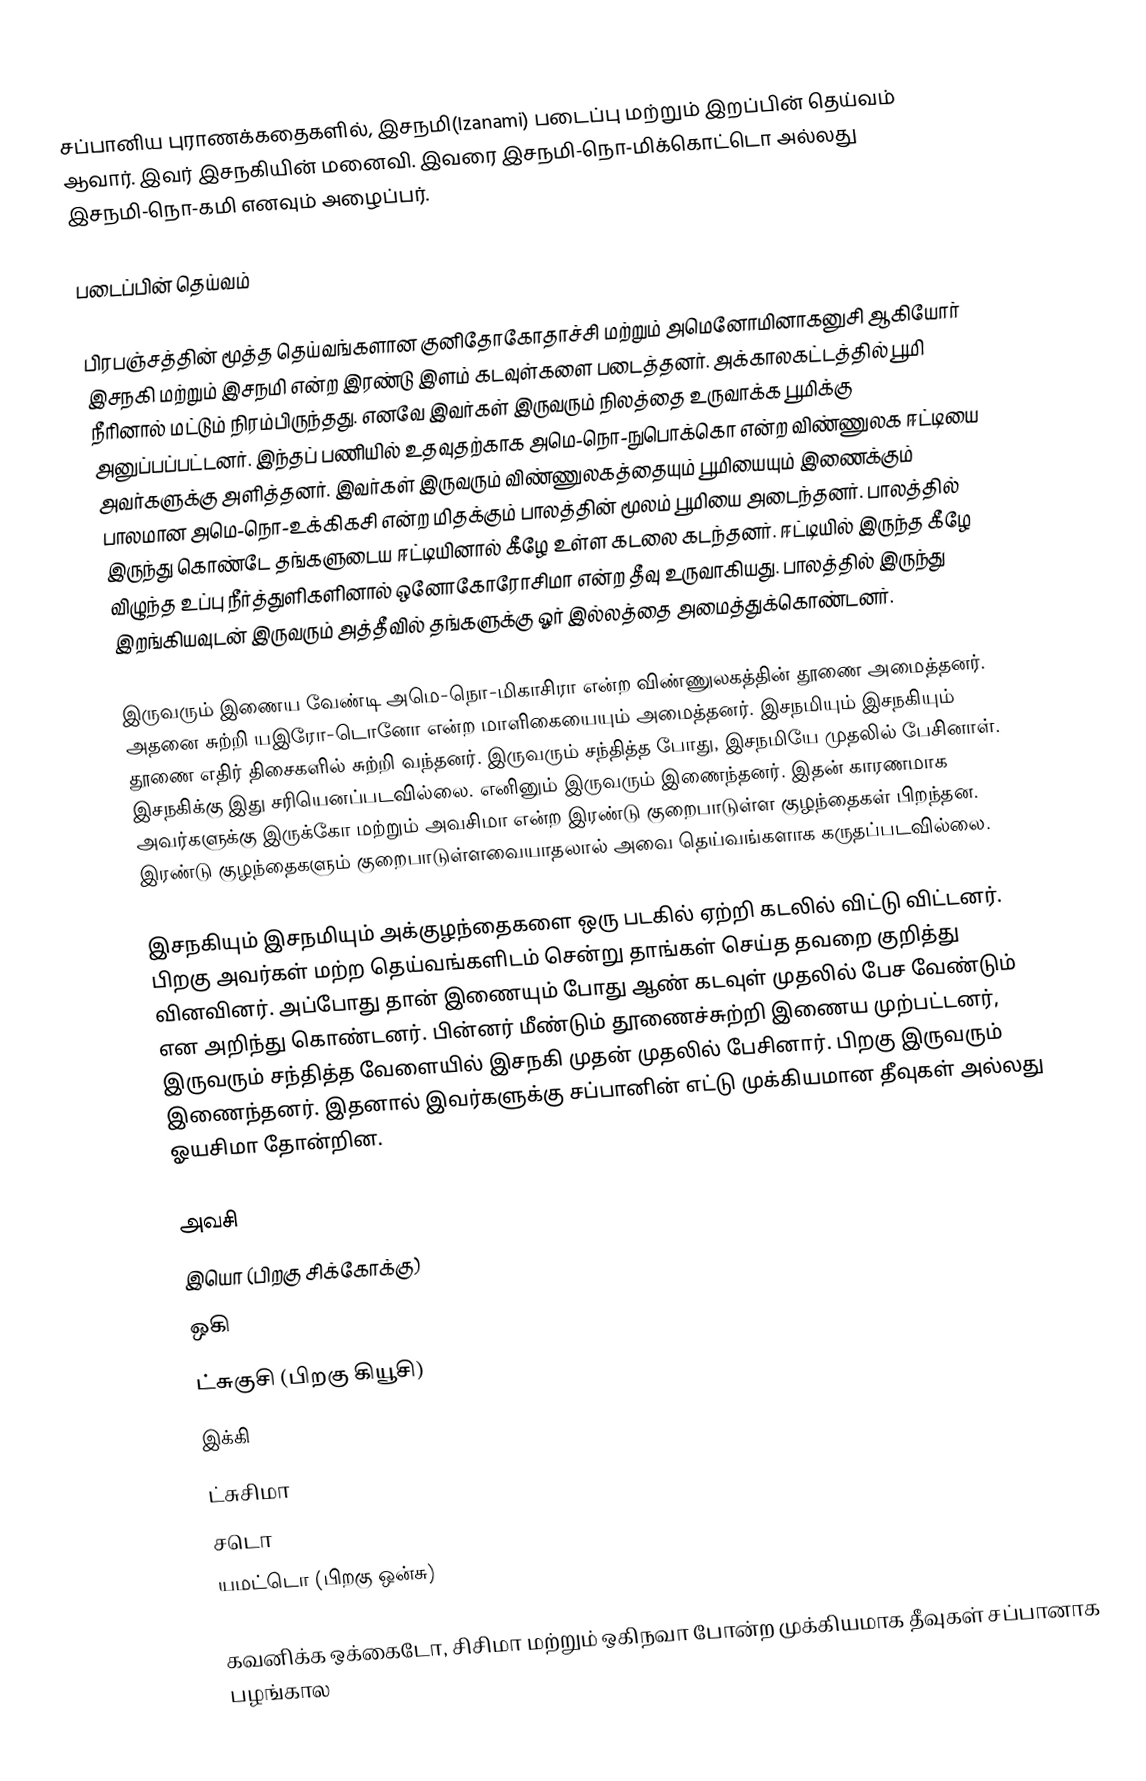
சப்பானிய புராணக்கதைகளில், இசநமி(Izanami) படைப்பு மற்றும் இறப்பின் தெய்வம் ஆவார். இவர் இசநகியின் மனைவி. இவரை இசநமி-நொ-மிக்கொட்டொ அல்லது இசநமி-நொ-கமி எனவும் அழைப்பர்.

படைப்பின் தெய்வம்

பிரபஞ்சத்தின் மூத்த தெய்வங்களான குனிதோகோதாச்சி மற்றும் அமெனோமினாகனுசி ஆகியோர்  இசநகி மற்றும் இசநமி என்ற இரண்டு இளம் கடவுள்களை படைத்தனர். அக்காலகட்டத்தில் பூமி நீரினால் மட்டும் நிரம்பிருந்தது. எனவே இவர்கள் இருவரும் நிலத்தை உருவாக்க பூமிக்கு அனுப்பப்பட்டனர். இந்தப் பணியில் உதவுதற்காக அமெ-நொ-நுபொக்கொ என்ற விண்ணுலக ஈட்டியை அவர்களுக்கு அளித்தனர். இவர்கள் இருவரும் விண்ணுலகத்தையும் பூமியையும் இணைக்கும் பாலமான அமெ-நொ-உக்கிகசி என்ற மிதக்கும் பாலத்தின் மூலம் பூமியை அடைந்தனர். பாலத்தில் இருந்து கொண்டே தங்களுடைய ஈட்டியினால் கீழே உள்ள கடலை கடந்தனர். ஈட்டியில் இருந்த கீழே விழுந்த உப்பு நீர்த்துளிகளினால் ஒனோகோரோசிமா என்ற தீவு உருவாகியது. பாலத்தில் இருந்து இறங்கியவுடன் இருவரும் அத்தீவில் தங்களுக்கு ஓர் இல்லத்தை அமைத்துக்கொண்டனர்.

இருவரும் இணைய வேண்டி அமெ-நொ-மிகாசிரா என்ற விண்ணுலகத்தின் தூணை அமைத்தனர். அதனை சுற்றி யஇரோ-டொனோ என்ற மாளிகையையும் அமைத்தனர். இசநமியும் இசநகியும் தூணை எதிர் திசைகளில் சுற்றி வந்தனர். இருவரும் சந்தித்த போது, இசநமியே முதலில் பேசினாள். இசநகிக்கு இது சரியெனப்படவில்லை. எனினும் இருவரும் இணைந்தனர். இதன் காரணமாக அவர்களுக்கு இருக்கோ மற்றும் அவசிமா என்ற இரண்டு குறைபாடுள்ள குழந்தைகள் பிறந்தன. இரண்டு குழந்தைகளும் குறைபாடுள்ளவையாதலால் அவை தெய்வங்களாக கருதப்படவில்லை.

இசநகியும் இசநமியும் அக்குழந்தைகளை ஒரு படகில் ஏற்றி கடலில் விட்டு விட்டனர். பிறகு அவர்கள் மற்ற தெய்வங்களிடம் சென்று தாங்கள் செய்த தவறை குறித்து வினவினர். அப்போது தான் இணையும் போது ஆண் கடவுள் முதலில் பேச வேண்டும் என அறிந்து கொண்டனர். பின்னர் மீண்டும் தூணைச்சுற்றி இணைய முற்பட்டனர்,  இருவரும் சந்தித்த வேளையில் இசநகி முதன் முதலில் பேசினார். பிறகு இருவரும் இணைந்தனர். இதனால் இவர்களுக்கு சப்பானின் எட்டு முக்கியமான தீவுகள் அல்லது ஓயசிமா தோன்றின.

 அவசி
 இயொ (பிறகு சிக்கோக்கு)
 ஒகி
 ட்சுகுசி (பிறகு கியூசி)
 இக்கி
ட்சுசிமா
 சடொ
 யமட்டொ (பிறகு ஒன்சு)

 கவனிக்க ஒக்கைடோ,  சிசிமா மற்றும் ஒகிநவா போன்ற முக்கியமாக தீவுகள் சப்பானாக பழங்கால